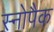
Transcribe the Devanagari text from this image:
स्नोपैक